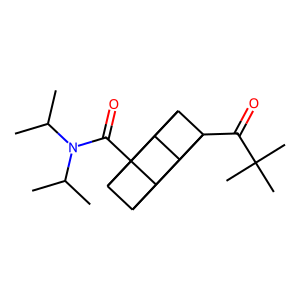
SMILES: CC(C)N(C(=O)C12C3C4C1C1C2C3C41C(=O)C(C)(C)C)C(C)C
Inhibits HIV replication: No